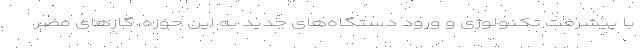
با پیشرفت تکنولوژی و ورود دستگاه‌های جدید به این حوزه، گازهای مضر